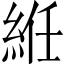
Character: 絍